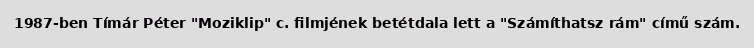
1987-ben Tímár Péter "Moziklip" c. filmjének betétdala lett a "Számíthatsz rám" című szám.